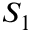
S _ { 1 }